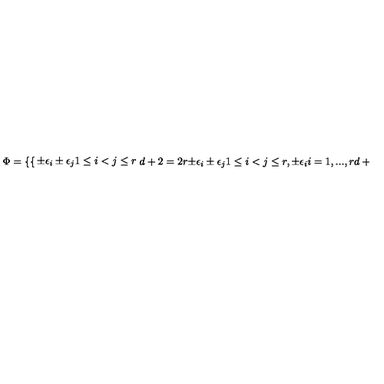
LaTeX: \Phi = \left\{ \begin{cases} { \pm \epsilon _ { i } \pm \epsilon _ { j } 1 \le i < j \le r } & { d + 2 = 2 r } \\ { \pm \epsilon _ { i } \pm \epsilon _ { j } 1 \le i < j \le r , \pm \epsilon _ { i } i = 1 , . . . , r } & { d + 2 = 2 r + 1 } \\ \end{cases} \right.